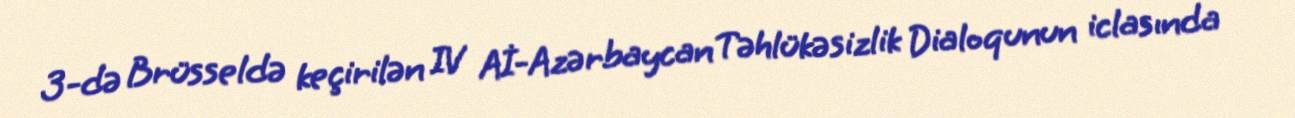
3-də Brüsseldə keçirilən IV Aİ-Azərbaycan Təhlükəsizlik Dialoqunun iclasında